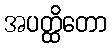
အပတ္ထိတော